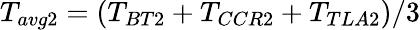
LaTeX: T_{avg2}=(T_{BT2}+T_{CCR2}+T_{TLA2})/3